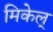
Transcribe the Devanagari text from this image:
मिकेल्